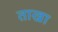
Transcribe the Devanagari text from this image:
ताखा